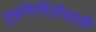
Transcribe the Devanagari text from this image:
गृहनिर्मितीसाठी